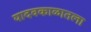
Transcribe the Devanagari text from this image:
यादवकाळातला